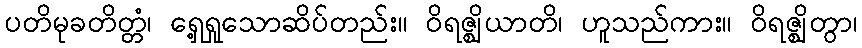
ပတိမုခတိတ္တံ၊ ရှေ့ရှုသောဆိပ်တည်း။ ဝိရဇ္ဈိယာတိ၊ ဟူသည်ကား။ ဝိရဇ္ဈိတွာ၊